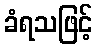
ခံရသဖြင့်